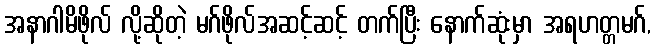
အနာဂါမိဖိုလ် လို့ဆိုတဲ့ မဂ်ဖိုလ်အဆင့်ဆင့် တက်ပြီး နောက်ဆုံးမှာ အရဟတ္တမဂ်,